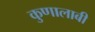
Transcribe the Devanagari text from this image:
कुणालाबी